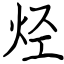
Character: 烃